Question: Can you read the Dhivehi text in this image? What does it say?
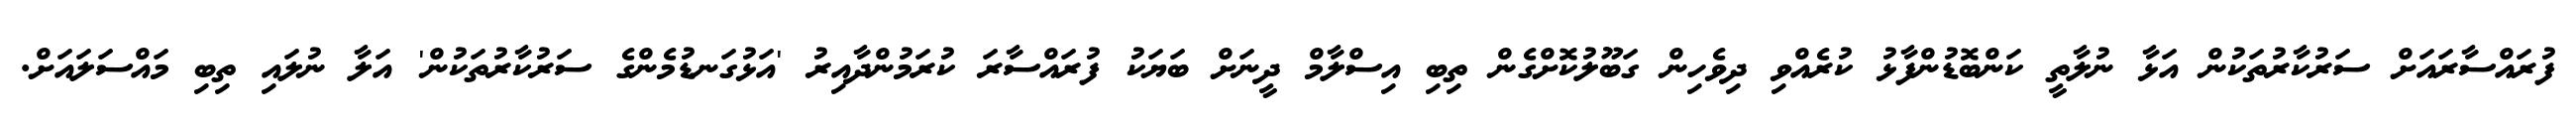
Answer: ފުރައްސާރައަށް ސަރުކާރުތަކުން އަޅާ ނުލާތީ ކަންބޮޑުންފާޅު ކުރެއްވި ދިވެހިން ގަބޫލުކޮށްގެން ތިބި އިސްލާމް ދީނަށް ބަޔަކު ފުރައްސާރަ ކުރަމުންދާއިރު 'އަޅުގަނޑުމެންގެ ސަރުކާރުތަކުން' އަލާ ނުލައި ތިބި މައްސަލައަށް.